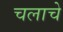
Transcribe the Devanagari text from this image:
चलाचे